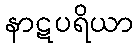
နာဋပရိယာ